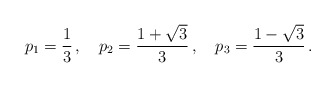
\begin{align*}p_1 = \frac{1}{3}\,,~~~ p_2 = \frac{1+\sqrt{3}}{3}\,,~~~ p_3 = \frac{1-\sqrt{3}}{3} \,. \end{align*}